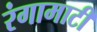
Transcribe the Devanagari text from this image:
रंगामाटी